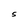
Character: S